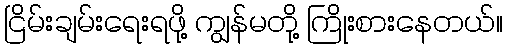
ငြိမ်းချမ်းရေးရဖို့ ကျွန်မတို့ ကြိုးစားနေတယ်။